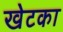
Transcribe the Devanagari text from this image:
खेटका